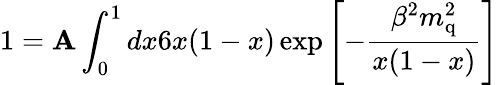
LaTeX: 1=\mathbf{A}\int_{0}^{1}dx6x(1-x)\exp{\left[-\frac{{\beta^{2}m_{\mathrm{{q}}}^{2}}}{{x(1-x)}}\right]}